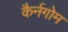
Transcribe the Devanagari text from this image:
कैर्नगोम